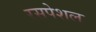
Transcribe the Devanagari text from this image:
रसपेशल